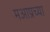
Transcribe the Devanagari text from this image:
मआप्रच्या